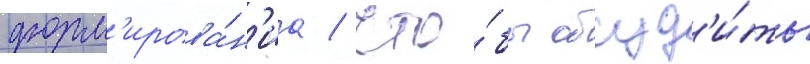
форм'ирова́н'иа / что́бы обсуд'и́ть